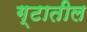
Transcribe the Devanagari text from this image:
ग्टातील